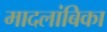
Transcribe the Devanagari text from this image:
मादलांबिका